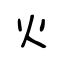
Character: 火